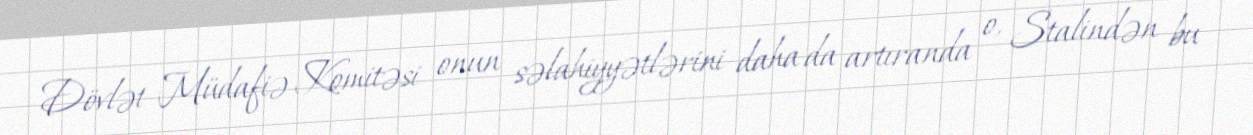
Dövlət Müdafiə Komitəsi onun səlahiyyətlərini daha da artıranda o, Stalindən bu